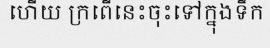
ហើយ ក្រពើនេះចុះទៅក្នុងទឹក